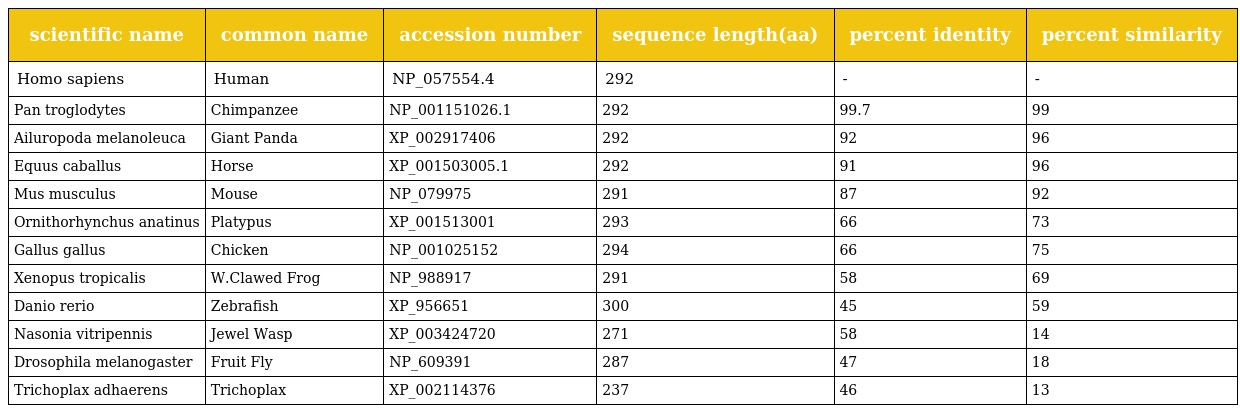
| scientific name | common name | accession number | sequence length(aa) | percent identity | percent similarity |
 | --- | --- | --- | --- | --- | --- |
 | Homo sapiens | Human | NP_057554.4 | 292 | - | - |
 | Pan troglodytes | Chimpanzee | NP_001151026.1 | 292 | 99.7 | 99 |
 | Ailuropoda melanoleuca | Giant Panda | XP_002917406 | 292 | 92 | 96 |
 | Equus caballus | Horse | XP_001503005.1 | 292 | 91 | 96 |
 | Mus musculus | Mouse | NP_079975 | 291 | 87 | 92 |
 | Ornithorhynchus anatinus | Platypus | XP_001513001 | 293 | 66 | 73 |
 | Gallus gallus | Chicken | NP_001025152 | 294 | 66 | 75 |
 | Xenopus tropicalis | W.Clawed Frog | NP_988917 | 291 | 58 | 69 |
 | Danio rerio | Zebrafish | XP_956651 | 300 | 45 | 59 |
 | Nasonia vitripennis | Jewel Wasp | XP_003424720 | 271 | 58 | 14 |
 | Drosophila melanogaster | Fruit Fly | NP_609391 | 287 | 47 | 18 |
 | Trichoplax adhaerens | Trichoplax | XP_002114376 | 237 | 46 | 13 |